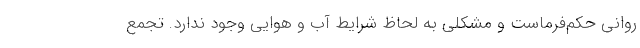
روانی حکم‌فرماست و مشکلی به لحاظ شرایط آب و هوایی وجود ندارد. تجمع